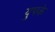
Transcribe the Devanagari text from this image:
युपके